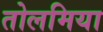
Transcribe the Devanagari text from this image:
तोलमिया